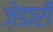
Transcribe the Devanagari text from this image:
ज़ेडारी